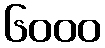
၆၀၀၀